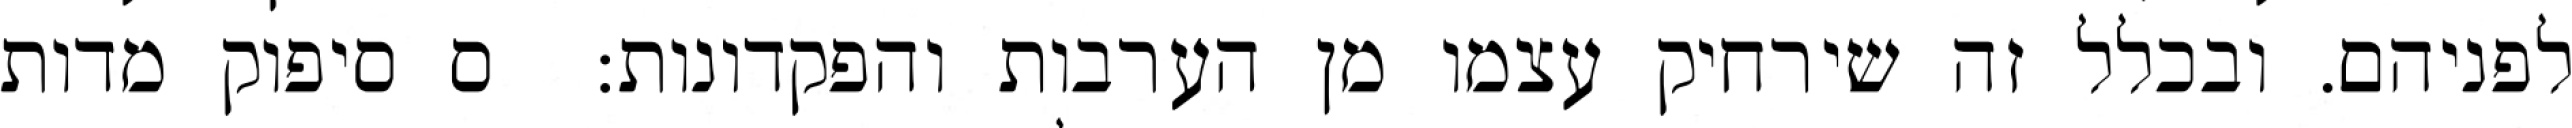
לפניהם. ובכלל זה שירחיק עצמו מן הערבות והפקדונות:  ס סיפוק מדות